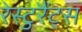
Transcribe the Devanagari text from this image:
रेस्टुरैंट्स